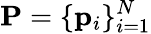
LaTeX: \mathbf{P}=\{ \mathbf{p}_{i}\} _{i=1}^{N}